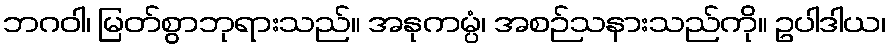
ဘဂဝါ၊ မြတ်စွာဘုရားသည်။ အနုကမ္ပံ၊ အစဉ်သနားသည်ကို။ ဥပါဒါယ၊